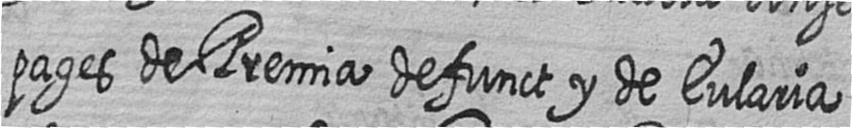
pages de Premia defunct y de Eularia